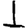
Digit: 1